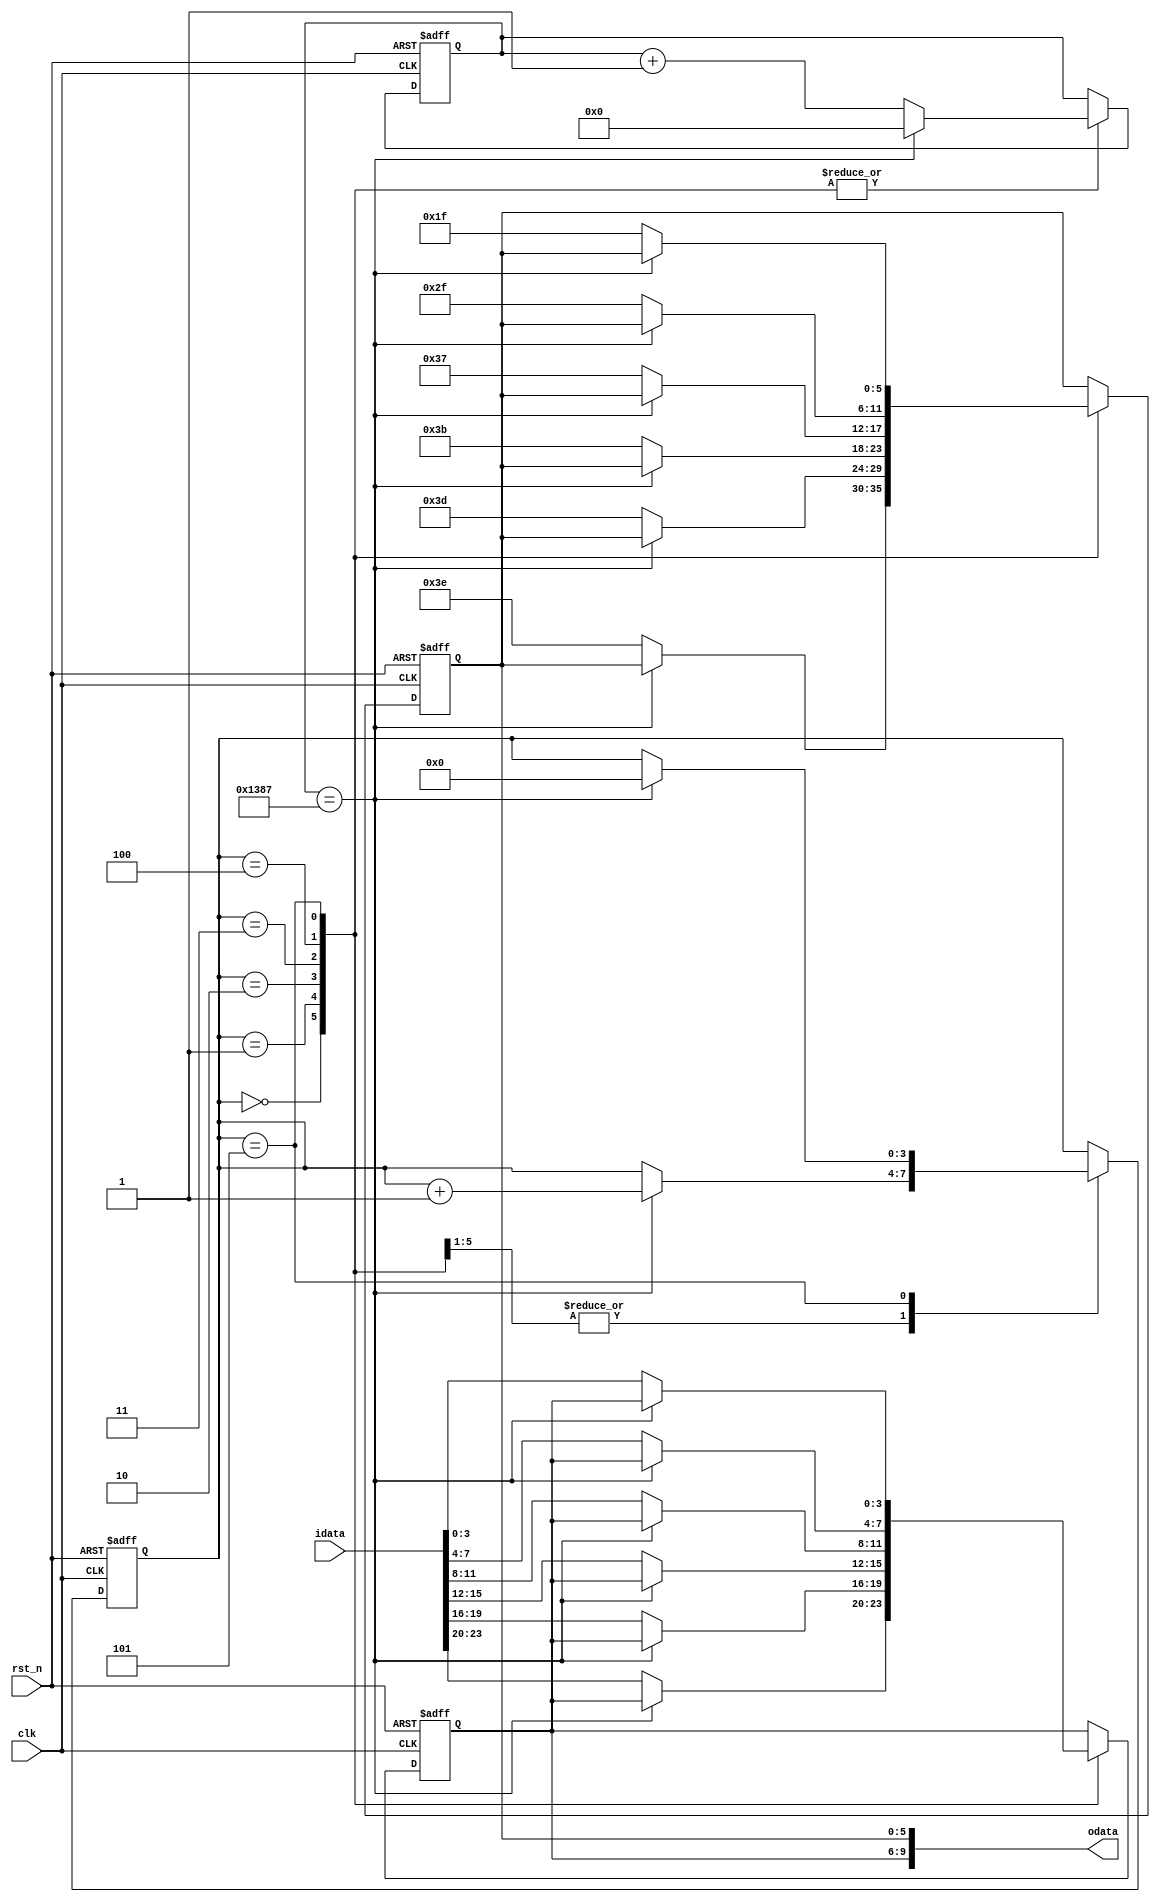
module function_module(
							input clk,
							input rst_n,
							input [23:0] idata,
							output [9:0] odata
						);
	parameter T100US = 13'd5000;					
	reg [3:0] i;
	reg [12:0] C1;
	reg [3:0] D1;
	reg [5:0] D2;
	
always @ ( posedge clk , negedge rst_n)
	if(!rst_n)
		begin
			i <= 4'd0;
			C1 <= 13'd0;
			D1 <= 4'd0;
			D2 <= 6'd0;
		end
	else
		case(i)
			0:
				if(C1==T100US-1)
					begin
						C1 <= 13'd0;
						i <= i +1'b1;
					end
				else 
					begin
						C1 <= C1 + 1'b1;
						D1 <= idata[23:20];
						D2 <= 6'b111_110;
					end
			1:
				if(C1==T100US-1)
					begin
						C1 <= 13'd0;
						i <= i +1'b1;
					end
				else 
					begin
						C1 <= C1 + 1'b1;
						D1 <= idata[19:16];
						D2 <= 6'b111_101;
					end
			2:
				if(C1==T100US-1)
					begin
						C1 <= 13'd0;
						i <= i +1'b1;
					end
				else 
					begin
						C1 <= C1 + 1'b1;
						D1 <= idata[15:12];
						D2 <= 6'b111_011;
					end
			3:
				if(C1==T100US-1)
					begin
						C1 <= 13'd0;
						i <= i +1'b1;
					end
				else 
					begin
						C1 <= C1 + 1'b1;
						D1 <= idata[11:8];
						D2 <= 6'b110_111;
					end
			4:
				if(C1==T100US-1)
					begin
						C1 <= 13'd0;
						i <= i +1'b1;
					end
				else 
					begin
						C1 <= C1 + 1'b1;
						D1 <= idata[7:4];
						D2 <= 6'b101_111;
					end
			5:
				if(C1==T100US-1)
					begin
						C1 <= 13'd0;
						i <= 4'd0;
					end
				else 
					begin
						C1 <= C1 + 1'b1;
						D1 <= idata[3:0];
						D2 <= 6'b011_111;
					end
		endcase
		
assign odata = {D1,D2};
endmodule